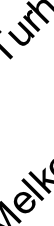
e r